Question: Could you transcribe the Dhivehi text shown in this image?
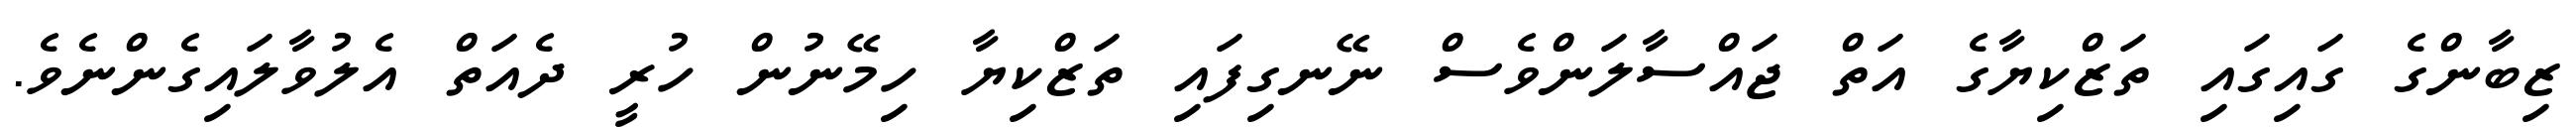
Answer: ޒިބާންގެ ގައިގައި ތަޒްކިޔާގެ އަތް ޖައްސާލަންވެސް ނޭނގިފައި ތަޒްކިޔާ ހިމޭނުން ހުރީ ދެއަތް އެލުވާލައިގެންނެވެ.